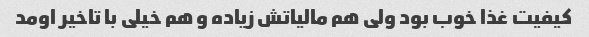
کیفیت غذا خوب بود ولی هم مالیاتش زیاده و هم خیلی با تاخیر اومد